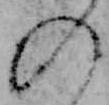
の